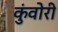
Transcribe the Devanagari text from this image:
कुंवोरी